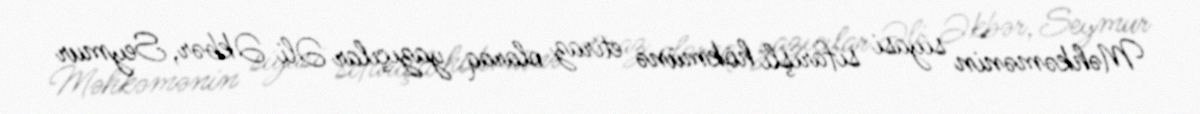
Məhkəmənin siyasi sifarişli hökmünə etiraz olaraq yazıçılar Əli Əkbər, Seymur